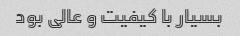
بسیار با کیفیت و عالی بود